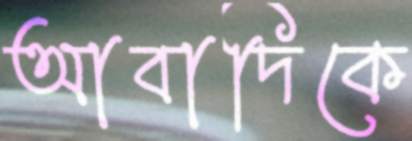
আবাদিকে